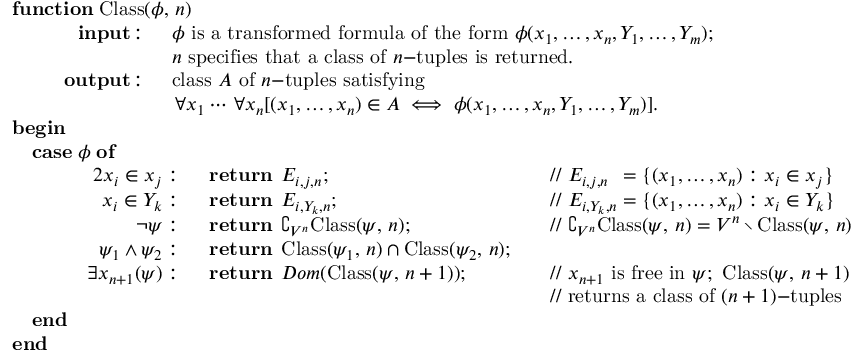
{ \begin{array} { l } { \mathbf { f u n c t i o n } \; { \mathrm { C l a s s } } ( \phi , \, n ) } \\ { \quad { \begin{array} { r l } { \mathbf { i n p u t } \! : \; \, } & { \phi { \mathrm { ~ i s ~ a ~ t r a n s f o r m e d ~ f o r m u l a ~ o f ~ t h e ~ f o r m ~ } } \phi ( x _ { 1 } , \ldots , x _ { n } , Y _ { 1 } , \ldots , Y _ { m } ) ; } \\ & { n { \mathrm { ~ s p e c i f i e s ~ t h a t ~ a ~ c l a s s ~ o f ~ } } n { \mathrm { - t u p l e s ~ i s ~ r e t u r n e d . } } } \\ { \; \; \; \; \mathbf { o u t p u t } \! : \; \, } & { { \mathrm { c l a s s ~ } } A { \mathrm { ~ o f ~ } } n { \mathrm { - t u p l e s ~ s a t i s f y i n g ~ } } } \\ & { \, \forall x _ { 1 } \cdots \, \forall x _ { n } [ ( x _ { 1 } , \ldots , x _ { n } ) \in A \iff \phi ( x _ { 1 } , \ldots , x _ { n } , Y _ { 1 } , \ldots , Y _ { m } ) ] . } \end{array} } } \\ { \mathbf { b e g i n } } \\ { \quad \mathbf { c a s e } \; \phi \; \mathbf { o f } } \\ { \qquad { \begin{array} { r l r l } { { 2 } x _ { i } \in x _ { j } : \; \; } & { \mathbf { r e t u r n } \; \, E _ { i , j , n } ; } & & { { \mathrm { / / ~ } } E _ { i , j , n } \; \, = \{ ( x _ { 1 } , \dots , x _ { n } ) : x _ { i } \in x _ { j } \} } \\ { x _ { i } \in Y _ { k } : \; \; } & { \mathbf { r e t u r n } \; \, E _ { i , Y _ { k } , n } ; } & & { { \mathrm { / / ~ } } E _ { i , Y _ { k } , n } = \{ ( x _ { 1 } , \dots , x _ { n } ) : x _ { i } \in Y _ { k } \} } \\ { \neg \psi : \; \; } & { \mathbf { r e t u r n } \; \, \complement _ { V ^ { n } } { \mathrm { C l a s s } } ( \psi , \, n ) ; } & & { { \mathrm { / / ~ } } \complement _ { V ^ { n } } { \mathrm { C l a s s } } ( \psi , \, n ) = V ^ { n } \setminus { \mathrm { C l a s s } } ( \psi , \, n ) } \\ { \psi _ { 1 } \land \psi _ { 2 } : \; \; } & { \mathbf { r e t u r n } \; \, { \mathrm { C l a s s } } ( \psi _ { 1 } , \, n ) \cap { \mathrm { C l a s s } } ( \psi _ { 2 } , \, n ) ; } & & { } \\ { \; \; \; \; \, \exists x _ { n + 1 } ( \psi ) : \; \; } & { \mathbf { r e t u r n } \; \, D o m ( { \mathrm { C l a s s } } ( \psi , \, n + 1 ) ) ; } & & { { \mathrm { / / ~ } } x _ { n + 1 } { \mathrm { ~ i s ~ f r e e ~ i n ~ } } \psi ; { \mathrm { ~ C l a s s } } ( \psi , \, n + 1 ) } \\ & { \ } & & { { \mathrm { / / ~ r e t u r n s ~ a ~ c l a s s ~ o f ~ } } ( n + 1 ) { \mathrm { - t u p l e s } } } \end{array} } } \\ { \quad \mathbf { e n d } } \\ { \mathbf { e n d } } \end{array} }